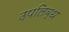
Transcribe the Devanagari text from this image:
उपलिब्ध